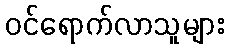
ဝင်ရောက်လာသူများ